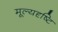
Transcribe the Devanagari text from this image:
मूल्यदृष्टि